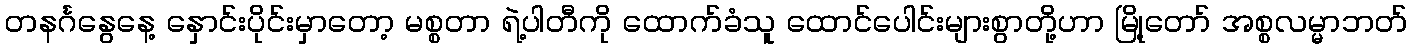
တနင်္ဂနွေနေ့ နှောင်းပိုင်းမှာတော့ မစ္စတာ ရဲ့ပါတီကို ထောက်ခံသူ ထောင်ပေါင်းများစွာတို့ဟာ မြို့တော် အစ္စလမ္မာဘတ်